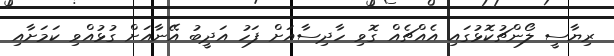
ރިޔާސީ ލޯންޗުކޮޅުގައި އެއްޗެއް ގޮވި ހާދިސާއަށް ފަހު އަދީބު އޭނާއަށް ގުޅުއްވި ކަމަށާއި